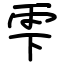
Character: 雫